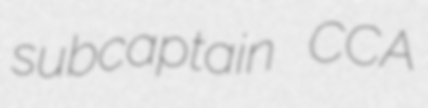
subcaptain CCA